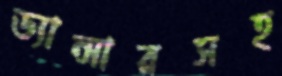
ড্যান্সারসহ